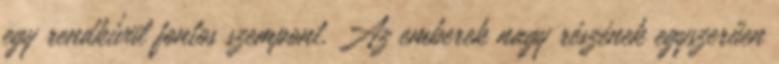
egy rendkívül fontos szempont. Az emberek nagy részének egyszerűen